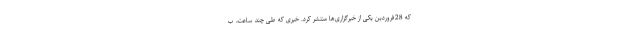
که 28فروردین یکی از خبرگزاری‌ها منتشر کرد. خبری که طی چند ساعت، ب